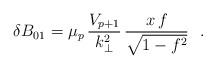
LaTeX: \begin{align*}\delta B_{01}= {\mu_p}\,\frac{V_{p+1} }{k_{\bot}^{2}}\,\frac{ x\,f }{\sqrt{1 - f^2}}~~.\end{align*}